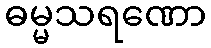
ဓမ္မသရဏော